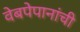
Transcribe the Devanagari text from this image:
वेबपेपानांची